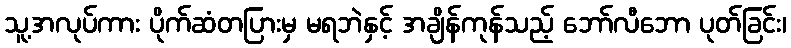
သူ့အလုပ်ကား ပိုက်ဆံတပြားမှ မရဘဲနှင့် အချိန်ကုန်သည့် ဘော်လီဘော ပုတ်ခြင်း၊